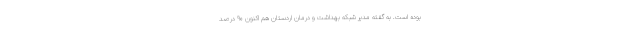
بوده است. به گفته مدیر شبکه بهداشت و درمان اردستان هم اکنون ۹۰ درصد